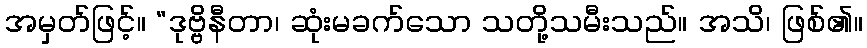
အမှတ်ဖြင့်။ “ဒုဗ္ဗိနီတာ၊ ဆုံးမခက်သော သတို့သမီးသည်။ အသိ၊ ဖြစ်၏။